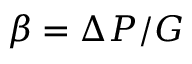
\beta = \Delta P / G